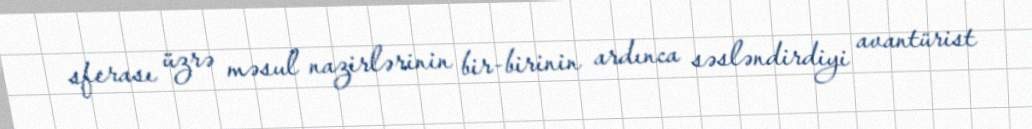
sferası üzrə məsul nazirlərinin bir-birinin ardınca səsləndirdiyi avantürist